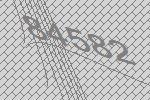
84582